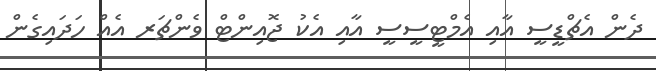
ދެން އެޗްޑީސީ އާއި އެމްޓީސީސީ އާއި އެކު ޖޮއިންޓް ވެންޗަރ އެއް ހަދައިގެން